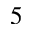
5